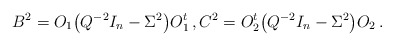
\begin{align*} {}& B^2 = O_1 \bigl( Q^{-2} I_n - \Sigma^2 \bigr) O_1^t \,, C^2 = O_2^t \bigl( Q^{-2} I_n - \Sigma^2 \bigr) O_2 \,.\end{align*}